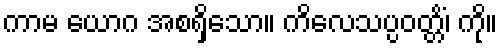
ကာမ ယောဂ အစရှိသော။ ကိလေသပ္ပဝတ္တိံ၊ ကို။